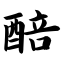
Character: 醅